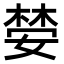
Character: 𫱒